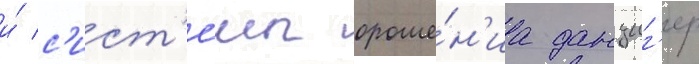
и́ с'ист'е́мы ороше́н'иа данциг'ер